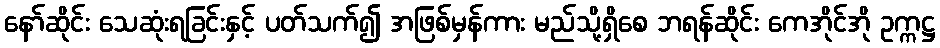
နော်ဆိုင်း သေဆုံးရခြင်းနှင့် ပတ်သက်၍ အဖြစ်မှန်ကား မည်သို့ရှိစေ ဘရန်ဆိုင်း ကေအိုင်အို ဥက္ကဋ္ဌ